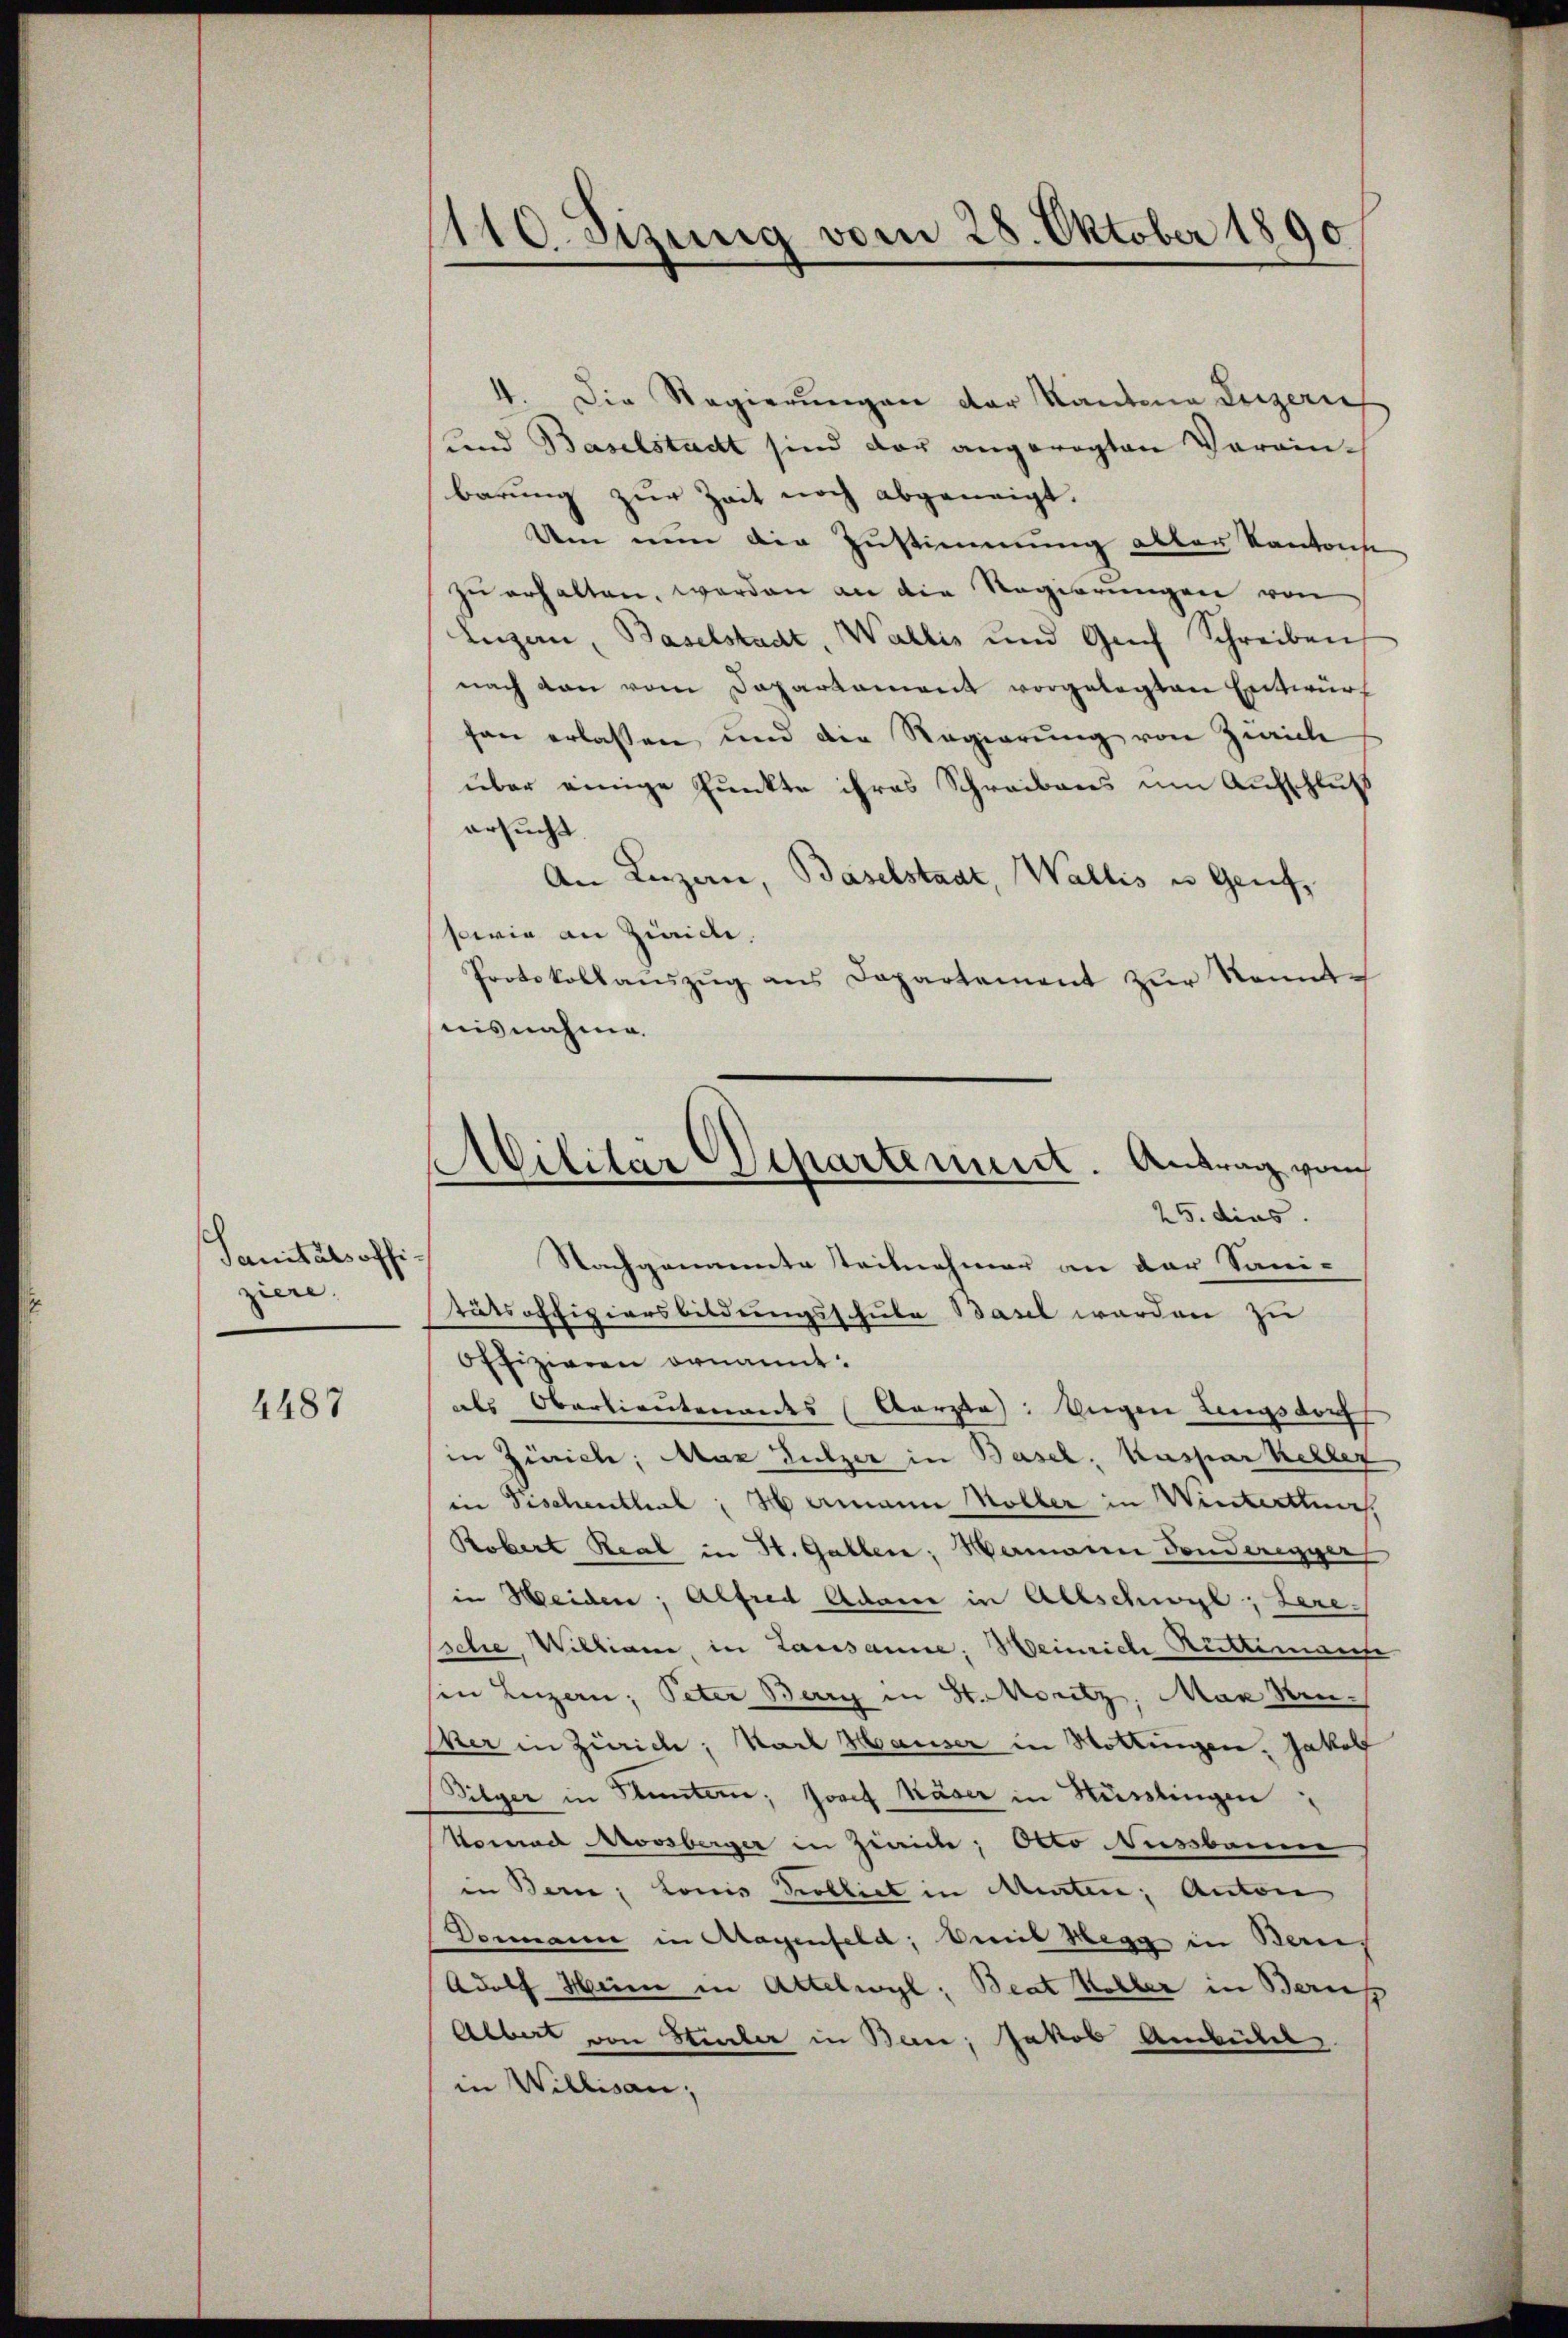
Sanitätsoffiziere.

4487

4. Die Regierungen der Kantone Luzern
(und Baselstadt sind der angeregten Vorain-
barung zur Zeit noch abgeneigt.
Um nun die Zustimmung aller Kantons
zŭ erhalten, worden an die Regierungen von
Luzern, Baselstadt, Wallis und Guch Schreiben
nach den vom Departament vorgelegten Entwurf
son erlassen und die Regierŭng von Zürich
über einige Punkte ihres Schreibens um Aufschluß
ersucht.
An Luzern, Baselstadt, Wallis u Genf,
sowie an Zürich.
Protokollaŭszŭg ans Departement zŭr Kenntnisnahme.
tätsoffiziersbildungsschule Basel werden zu
Offizieren ornannt.
als Oberlieutenandes (Aarzta: Ungen Lingsdorf
in Zürich; Max Sulzer in Basel, Kaspar Keller
in Fischenthal: Hermann Koller in Winterthurs
Robert Real in St. Gallen; Hermann Sonderegger
in Weiden; Alfred Adame in Allschwyl, Sere¬
Esche Williani, in Lausanne. Heinrich Rüttimante
in Luzern; Peter Berry in St. Moritz, Man den¬
Wer in Zürich; Nach Hauser in Rottingen. Jakolf
Pilger in Stuntern; Josef Käser in Küsslingen
Nomad NNovsberger in Zürich; Otto Nussbanne
in Bern, Louis Probliet in Mieten; Anton
Dermann in Magenfeld, Weil Hegg in Bern,
Adolf Heim in Attelwyl: Beat Koller in Bern
Albert von Stiler in Ban; Jakob Anbeiter
in Willisau;

110. Sizung vom 28. Oktober 1890

Militär Departement. Antrag vom
25. dies
Nachganannte Teilnehmer an der Sani-